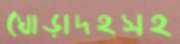
ঘোড়াদহসহ